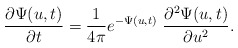
\begin{align*}\frac{\partial \Psi(u,t)}{\partial t}=\frac{1}{4\pi} e^{-\Psi(u,t)}\ \frac{\partial^2 \Psi(u,t)}{\partial u^2}.\end{align*}